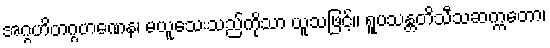
အဂ္ဂဟိတဂ္ဂဟဏေန၊ မယူသေးသည်ကိုသာ ယူသဖြင့်။ ရူပသန္တတိသီသဆက္ကတော၊